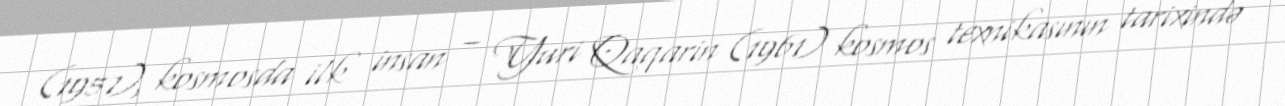
(1957), kosmosda ilk insan – Yuri Qaqarin (1961) kosmos texnikasının tarixində